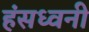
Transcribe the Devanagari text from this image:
हंसध्वनी